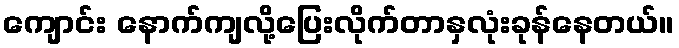
ကျောင်း နောက်ကျလို့ပြေးလိုက်တာနှလုံးခုန်နေတယ်။